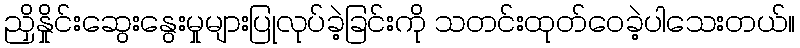
ညှိနှိုင်းဆွေးနွေးမှုများပြုလုပ်ခဲ့ခြင်းကို သတင်းထုတ်ဝေခဲ့ပါသေးတယ်။